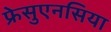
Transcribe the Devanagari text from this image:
फ्रेसुएनसिया